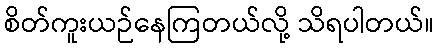
စိတ်ကူးယဉ်နေကြတယ်လို့ သိရပါတယ်။